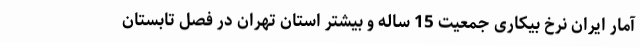
آمار ایران نرخ بیکاری جمعیت 15 ساله و بیشتر استان تهران در فصل تابستان